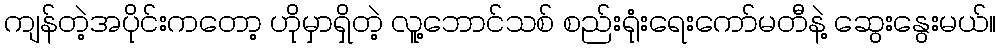
ကျန်တဲ့အပိုင်းကတော့ ဟိုမှာရှိတဲ့ လူ့ဘောင်သစ် စည်းရုံးရေးကော်မတီနဲ့ ဆွေးနွေးမယ်။